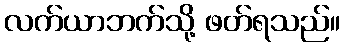
လက်ယာဘက်သို့ ဖတ်ရသည်။